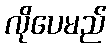
လိုပေမည်